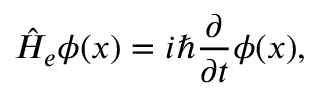
\hat { H } _ { e } \phi ( x ) = i \hbar \frac { \partial } { \partial t } \phi ( x ) ,